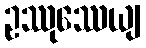
ဥဿုဿေယျ